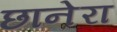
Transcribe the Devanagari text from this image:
छानेरा